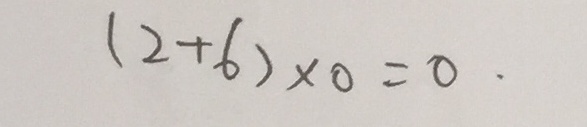
( 2 + 6 ) \times 0 = 0 .